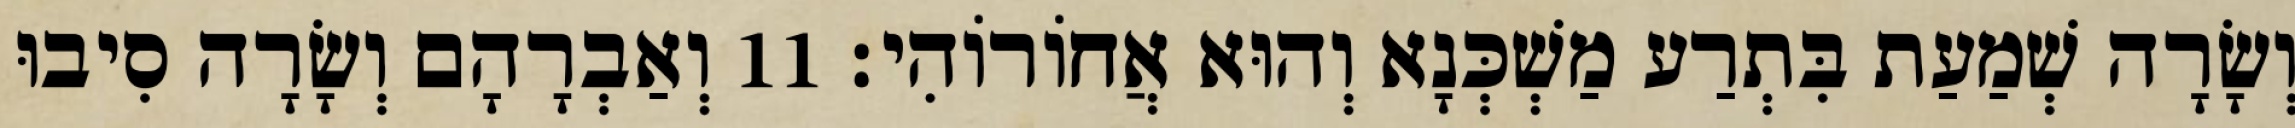
וְשָׂרָה שְׁמַעַת בִּתְרַע מַשְׁכְּנָא וְהוּא אֲחוֹרוֹהִי׃ 11 וְאַבְרָהָם וְשָׂרָה סִיבוּ